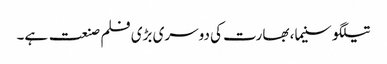
تیلگو سنیما، بھارت کی دوسری بڑی فلم صنعت ہے۔